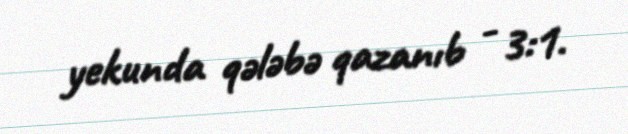
yekunda qələbə qazanıb - 3:1.